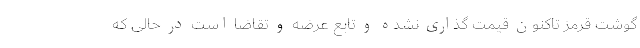
گوشت قرمز تاکنون قیمت گذاری نشده و تابع عرضه و تقاضا است در حالی که